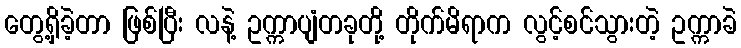
တွေ့ရှိခဲ့တာ ဖြစ်ပြီး လနဲ့ ဥက္ကာပျံတခုတို့ တိုက်မိရာက လွင့်စင်သွားတဲ့ ဥက္ကာခဲ